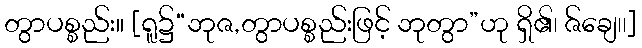
တွာပစ္စည်း။ [ရူ၌“ဘုဇ,တွာပစ္စည်းဖြင့် ဘုတွာ”ဟု ရှိ၏၊ ဇ်ချေ၊၊]